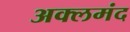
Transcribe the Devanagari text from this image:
अक्लमंद